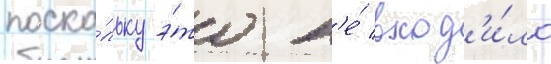
поско́льку э́то н'е́ вход'и́ло